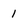
Character: 1